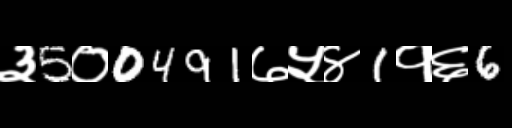
Text: ३5०0491७५४1१६6